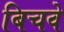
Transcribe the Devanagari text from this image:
बिचवे